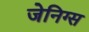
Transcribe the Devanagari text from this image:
जेनिग्स